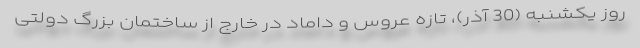
روز یکشنبه (30 آذر)، تازه عروس و داماد در خارج از ساختمان بزرگ دولتی